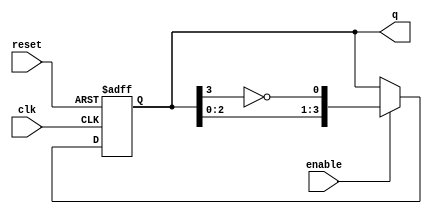
module RingJohnsonCounter #(parameter N = 4) (
    input wire clk,          // Clock input
    input wire reset,        // Asynchronous reset input
    input wire enable,       // Enable input
    output reg [N-1:0] q     // Output representing the current count state
);

    // Internal register for the flip-flops
    reg [N-1:0] flip_flops;

    always @(posedge clk or posedge reset) begin
        if (reset) begin
            // Initialize all flip-flops to 0 on reset
            flip_flops <= {N{1'b0}};
        end else if (enable) begin
            // Shift operation with feedback logic for Johnson Counter
            flip_flops <= {flip_flops[N-2:0], ~flip_flops[N-1]};
        end
    end

    // Assigning the current state to output
    assign q = flip_flops;

endmodule